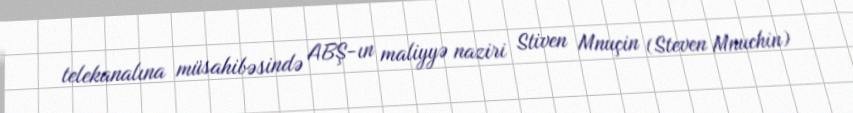
telekanalına müsahibəsində ABŞ-ın maliyyə naziri Stiven Mnuçin (Steven Mnuchin)